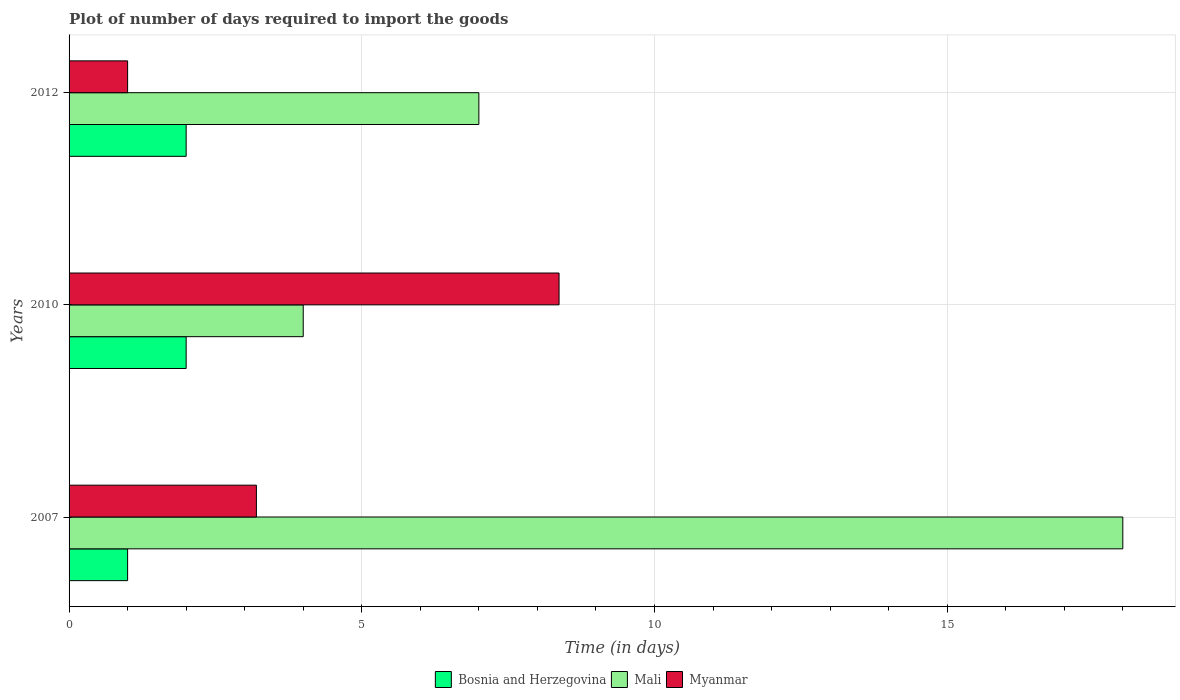
| Years | Bosnia and Herzegovina | Mali | Myanmar |
 | --- | --- | --- | --- |
 | 2007 | 1 | 18 | 3.2 |
 | 2010 | 2 | 4 | 8.37 |
 | 2012 | 2 | 7 | 1 |